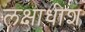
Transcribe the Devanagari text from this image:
लक्षाधीश